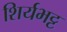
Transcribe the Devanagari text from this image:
शिर्यभट्ट